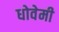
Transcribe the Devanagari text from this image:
धोवेमी